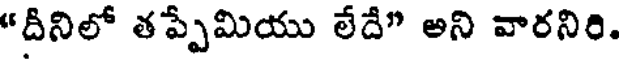
"దీనిలో తప్పేమియు లేదే" అని వారనిరి.